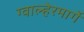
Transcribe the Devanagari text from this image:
ग्वाल्हेरमार्गे